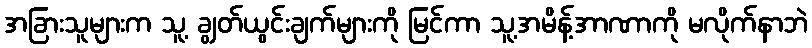
အခြားသူများက သူ့ ချွတ်ယွင်းချက်များကို မြင်ကာ သူ့အမိန့်အာဏာကို မလိုက်နာဘဲ